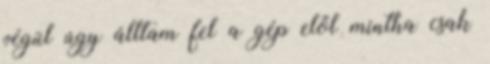
végül úgy álltam fel a gép elől mintha csak